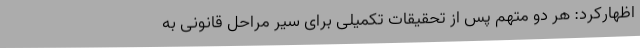
اظهارکرد: هر دو متهم پس از تحقیقات تکمیلی برای سیر مراحل قانونی به